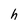
Character: h